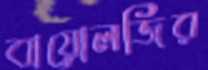
বায়োলজির